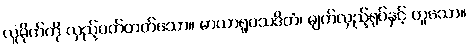
လူမိုက်ကို လှည့်ပတ်တတ်သော။ မာယာရူပသဒိတံ၊ မျက်လှည့်ရုပ်နှင့် တူသော။